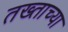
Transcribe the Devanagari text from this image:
तख्ताच्या